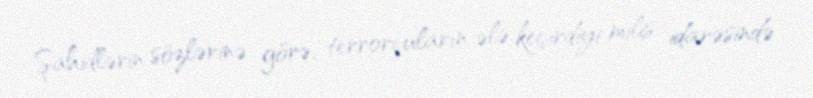
Şahidlərin sözlərinə görə, terrorçuların ələ keçirdiyi milis idarəsində